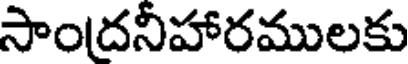
సాందనీహారములకు